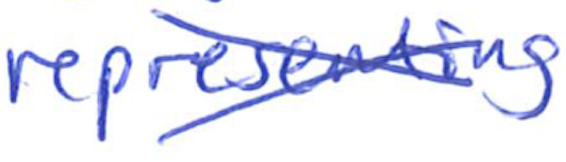
Text: representing
Cross-out: cross
Writing tool: ballpoint